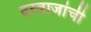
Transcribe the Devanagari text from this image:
दरवाजांची